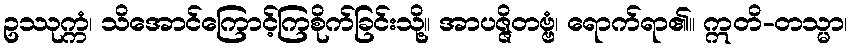
ဥဿုက္ကံ၊ သိအောင်ကြောင့်ကြစိုက်ခြင်းသို့။ အာပဇ္ဇိတဗ္ဗံ၊ ရောက်ရာ၏။ ဣတိ-တသ္မာ၊